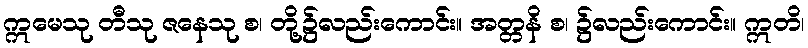
ဣမေသု တီသု ဇနေသု စ၊ တို့၌လည်းကောင်း။ အတ္တနိ စ၊ ၌လည်းကောင်း။ ဣတိ၊